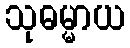
သုဓမ္မာယ